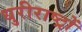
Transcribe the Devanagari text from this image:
धुरीराष्ट्रों